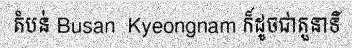
តំបន់ Busan  Kyeongnam ក៏ដូចជាតួនាទី